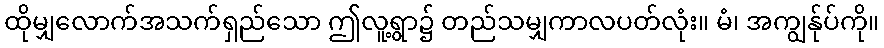
ထိုမျှလောက်အသက်ရှည်သော ဤလူ့ရွာ၌ တည်သမျှကာလပတ်လုံး။ မံ၊ အကျွန်ုပ်ကို။